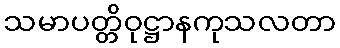
သမာပတ္တိဝုဋ္ဌာနကုသလတာ